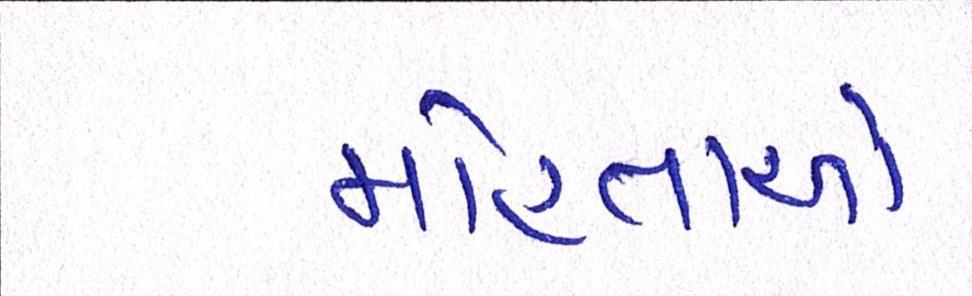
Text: મોહતાએ